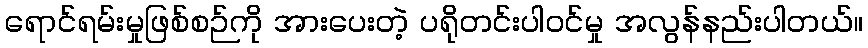
ရောင်ရမ်းမှုဖြစ်စဉ်ကို အားပေးတဲ့ ပရိုတင်းပါဝင်မှု အလွန်နည်းပါတယ်။